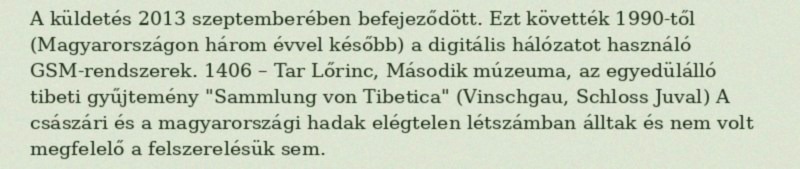
A küldetés 2013 szeptemberében befejeződött. Ezt követték 1990-től (Magyarországon három évvel később) a digitális hálózatot használó GSM-rendszerek. 1406 – Tar Lőrinc, Második múzeuma, az egyedülálló tibeti gyűjtemény "Sammlung von Tibetica" (Vinschgau, Schloss Juval) A császári és a magyarországi hadak elégtelen létszámban álltak és nem volt megfelelő a felszerelésük sem.